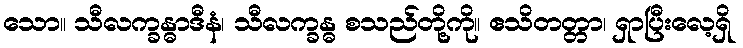
သော။ သီလက္ခန္ဓာဒီနံ၊ သီလက္ခန္ဓ စသည်တို့ကို။ ဧသိတတ္တာ၊ ရှာပြီးလေ့ရှိ